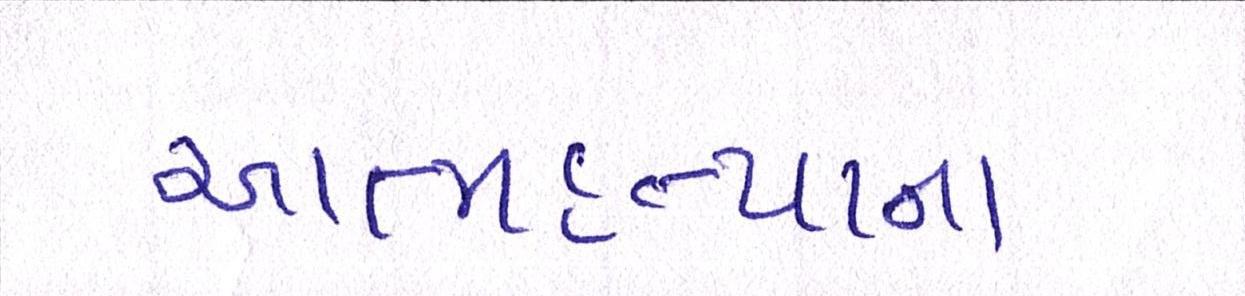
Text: આત્મહત્યાના